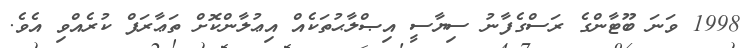
1998 ވަނަ ބޫޓާންގެ ރަސްގެފާނު ސިޔާސީ އިޞްލާޙުތަކެއް އިޢުލާންކޮށް ތަޢާރަފް ކުރެއްވި އެވެ.